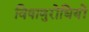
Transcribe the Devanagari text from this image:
विषाणुरोधियों